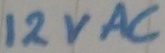
Text: 12VAC